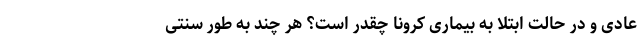
عادی و در حالت ابتلا به بیماری کرونا چقدر است؟ هر چند به طور سنتی